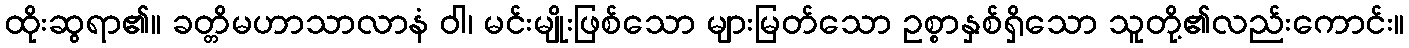
ထိုးဆွရာ၏။ ခတ္တိမဟာသာလာနံ ဝါ၊ မင်းမျိုးဖြစ်သော များမြတ်သော ဥစ္စာနှစ်ရှိသော သူတို့၏လည်းကောင်း။